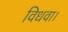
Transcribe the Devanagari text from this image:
विधवा।